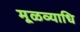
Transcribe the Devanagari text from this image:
मूळव्याधि